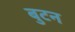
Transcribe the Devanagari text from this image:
बुटन